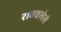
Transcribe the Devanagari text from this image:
राबवलेले